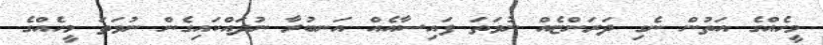
މީހެއްގެ އަތުން ނެގި ދަރަންޏެއް ނުވަތަ ފައިސާއެއް އަނބުރާ ނުދައްކައިގެން ނުވަތަ މީހެއްގެ